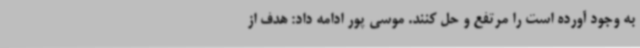
به وجود آورده است را مرتفع و حل کنند. موسی پور ادامه داد: هدف از